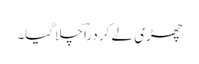
چھڑی لے کر دراؔ چلاگیا۔